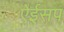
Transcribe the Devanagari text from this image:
ऐईसप